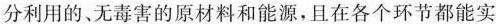
分利用的、无毒害的原材料和能源，且在各个环节都能实